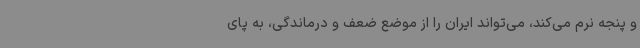
و پنجه نرم می‌کند، می‌تواند ایران را از موضع ضعف و درماندگی، به پای